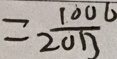
= \frac { 1 0 0 6 } { 2 0 1 3 }